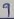
Text: 9